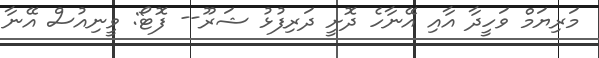
މަރިޔަމް ވަހީދާ އާއި އޭނާހެ ދޮށީ ދަރިފުޅު ޝަރޫ-- ފޮޓޯ: ވީނިއުސް އޭނާ